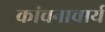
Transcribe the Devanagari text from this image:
कांचनाचार्य